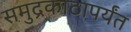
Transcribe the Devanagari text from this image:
समुद्रकाठापर्यंत